Civil Veterinary Department. Madras. Admin. report 1926-33 - 1926-1933
Year: 1926
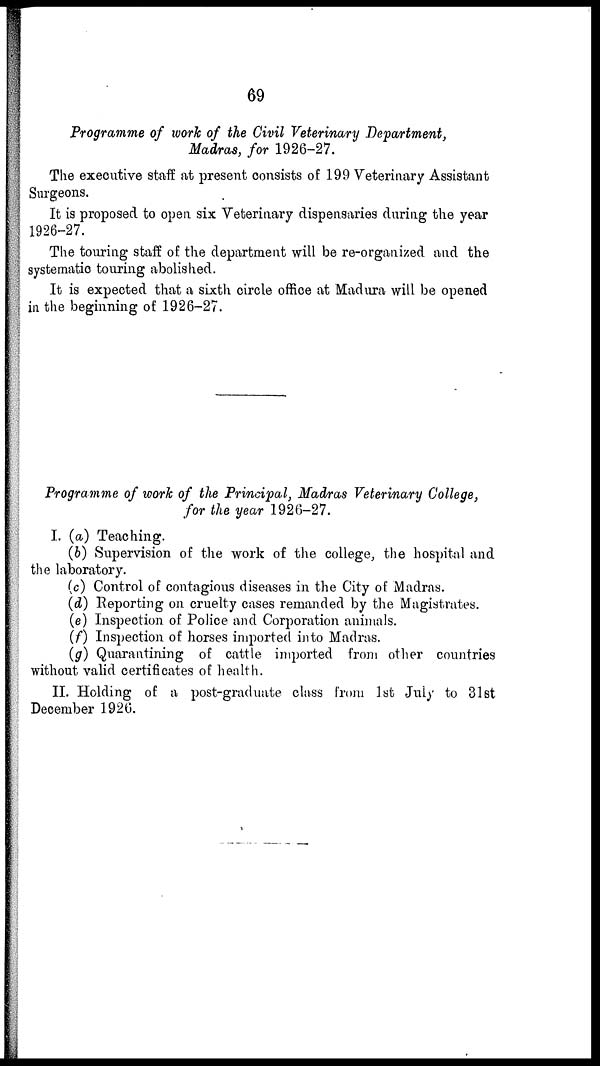
69
Programme of work of the Civil Veterinary Department,
Madras, for 1926-27.
The executive staff at present consists of 199 Veterinary Assistant
Surgeons.
It is proposed to open six Veterinary dispensaries during the year
1926-27.
The touring staff of the department will be re-organized and the
systematic touring abolished.
It is expected that a sixth circle office at Madura will be opened
in the beginning of 1926-27.
Programme of work of the Principal, Madras Veterinary College,
for the year 1926-27.
I. (a) Teaching.
(b) Supervision of the work of the college, the hospital and
the laboratory.
(c) Control of contagious diseases in the City of Madras.
(d) Reporting on cruelty cases remanded by the Magistrates.
(e) Inspection of Police and Corporation animals.
(f) Inspection of horses imported into Madras.
(g) Quarantining of cattle imported from other countries
without valid certificates of health.
II. Holding of a post-graduate class from 1st July to 31st
December 1926.